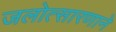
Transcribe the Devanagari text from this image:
जलोत्सारणाने